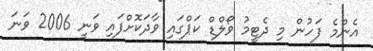
އެންމެ ފަހުން މި ދެޓީމު ވޯލްޑް ކަޕްގައި ވާދަކޮށްފައި ވަނީ 2006 ވަނަ